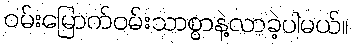
ဝမ်းမြောက်ဝမ်းသာစွာနဲ့လာခဲ့ပါမယ်။